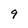
Character: 9